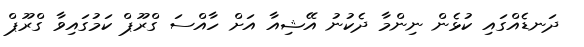
ދަނޑެއްގައި ކުޅެން ނިންމާ ދެކުނު އޭޝިއާ އަށް ހާއްސަ ގްރޫޕް ކަމުގައިވާ ގްރޫޕް